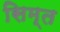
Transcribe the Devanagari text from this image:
सिम्त